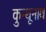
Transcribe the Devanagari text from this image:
कुन्थूनाथ